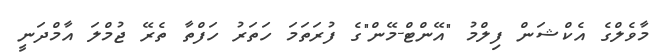
މާވެލްގެ އެކްޝަން ފިލްމު "އޭންޓް-މޭން"ގެ ފުރަތަމަ ހަތަރު ހަފްތާ ތެރޭ ޖުމްލަ އާމްދަނީ